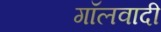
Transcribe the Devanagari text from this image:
गॉलवादी